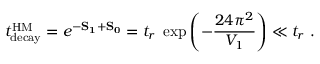
t _ { \mathrm { d e c a y } } ^ { \mathrm { H M } } = e ^ { - \bf S _ { 1 } + \bf S _ { 0 } } = t _ { r } \ \exp \left( - { \frac { 2 4 \pi ^ { 2 } } { V _ { 1 } } } \right) \ll t _ { r } \ .